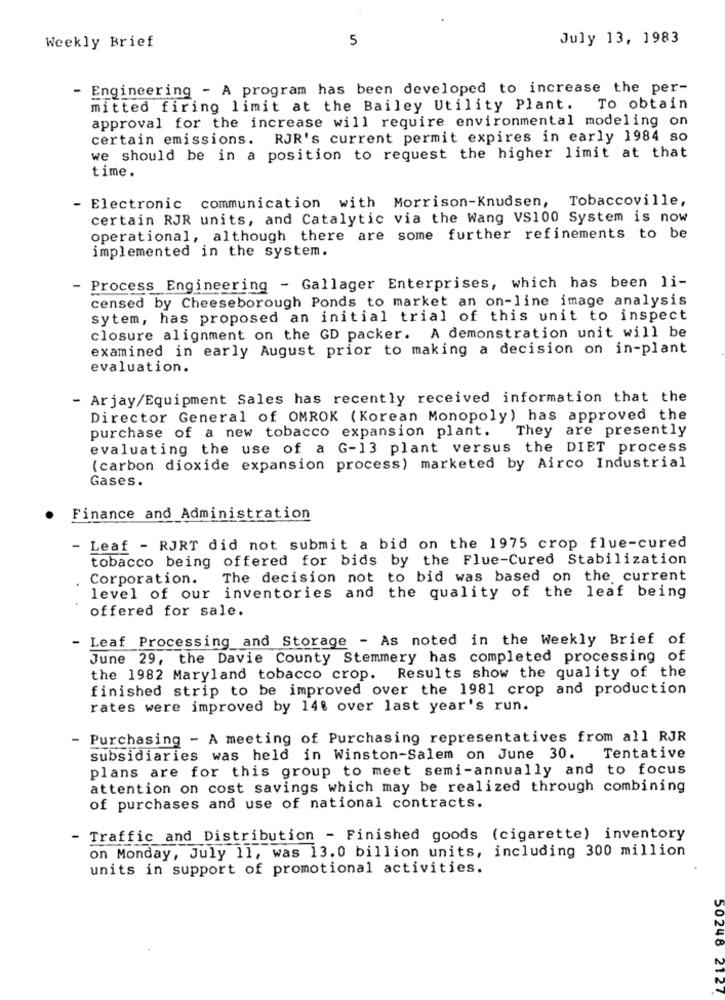
5
July 13, 1983
Weekly Brief
- Engineering - A program has been developed to increase the per-
mitted firing limit at the Bailey Utility Plant. To obtain
approval for the increase will require environmental modeling on
certain emissions. RJR's current permit expires in early 1984 so
we should be in a position to request the higher limit at that
time .
- Electronic communication with Morrison-Knudsen, Tobaccoville,
certain RJR units, and Catalytic via the Wang VS100 System is now
operational, although there are some further refinements to be
implemented in the system.
- Process Engineering - Gallager Enterprises, which has been li-
censed by Cheeseborough Ponds to market an on-line image analysis
sytem, has proposed an initial trial of this unit to inspect
closure alignment on the GD packer. A demonstration unit will be
examined in early August prior to making a decision on in-plant
evaluation.
- Arjay/Equipment Sales has recently received information that the
Director General of OMROK (Korean Monopoly) has approved the
purchase of a new tobacco expansion plant.
They are presently
evaluating the use of a G-13 plant versus the DIET process
(carbon dioxide expansion process) marketed by Airco Industrial
Gases.
Finance and Administration
-
Leaf - RJRT did not submit a bid on the 1975 crop flue-cured
tobacco being offered for bids by the Flue-Cured Stabilization
Corporation.
The decision not to bid was based on the current
level of our inventories and the quality of the leaf being
offered for sale.
- Leaf Processing and Storage - As noted in the Weekly Brief of
June 29, the Davie County Stemmery has completed processing of
the 1982 Maryland tobacco crop. Results show the quality of the
finished strip to be improved over the 1981 crop and production
rates were improved by 14% over last year's run.
- Purchasing - A meeting of Purchasing representatives from all RJR
subsidiaries was held in Winston-Salem on June 30.
Tentative
plans are for this group to meet semi-annually and to focus
attention on cost savings which may be realized through combining
of purchases and use of national contracts.
- Traffic and Distribution - Finished goods (cigarette) inventory
on Monday, July 11, was 13.0 billion units, including 300 million
units in support of promotional activities.
50248 2127